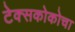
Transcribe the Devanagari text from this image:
टेक्सकोकोचा